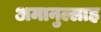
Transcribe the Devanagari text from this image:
अमानुल्लाह